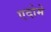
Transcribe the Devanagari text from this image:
एदोमे